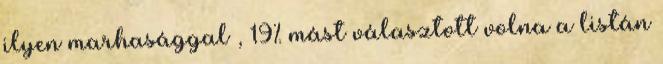
ilyen marhasággal , 19% mást választott volna a listán